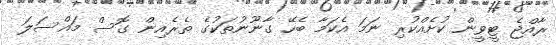
ރާއްޖެ ޓީވީން ކުށެއްކުރި ނަމަ އެކަމާ ބެހޭ ގާނޫނުތަކުގެ ތެރެއިން ގޮސް މައްސަލަ